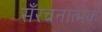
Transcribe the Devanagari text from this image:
सँरचनात्मक